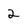
Character: 2